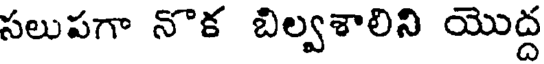
సలుపగా నొక బిల్వశాలిని యొద్ద